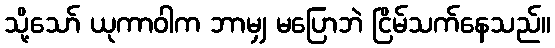
သို့သော် ယုကာဝါက ဘာမျှ မပြောဘဲ ငြိမ်သက်နေသည်။